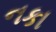
નકા